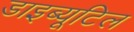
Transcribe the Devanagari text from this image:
डाइब्यूटिल